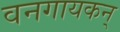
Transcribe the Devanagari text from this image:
वनगायकन्